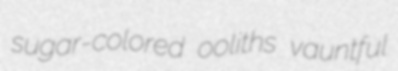
sugar-colored ooliths vauntful